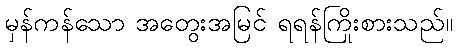
မှန်ကန်သော အတွေးအမြင် ရရန်ကြိုးစားသည်။